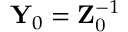
\mathbf { Y } _ { 0 } = \mathbf { Z } _ { \mathrm { 0 } } ^ { - 1 }